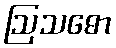
ဩသဓော